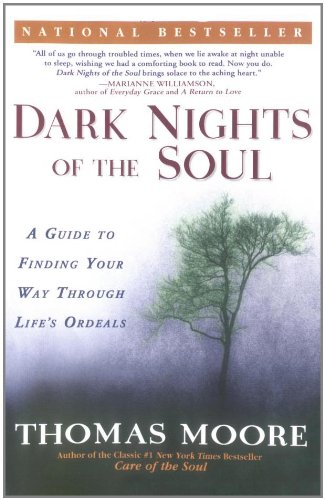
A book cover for Dark Nights of the Soul: A Guide to Finding Your Way Through Life's Ordeals; Thomas Moore; Health, Fitness & Dieting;